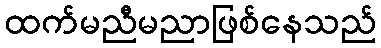
ထက်မညီမညာဖြစ်နေသည်